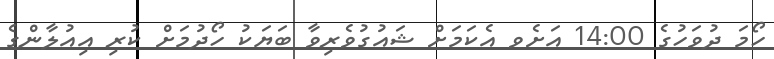
ހޯމަ ދުވަހުގެ 14:00 އަށެވ އެކަމަށް ޝައުގުވެރިވާ ބަޔަކު ހޯދުމަށް ކުރި އިއުލާންގެ